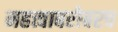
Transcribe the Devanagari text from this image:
महत्त्वाबरोबरच